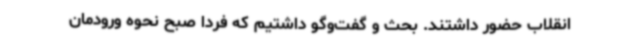
انقلاب حضور داشتند. بحث و ‌گفت‌وگو داشتیم که فردا صبح نحوه ورودمان